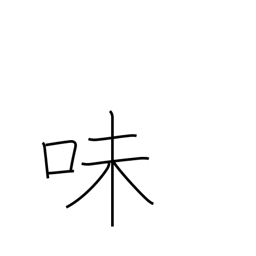
Meaning: flavor